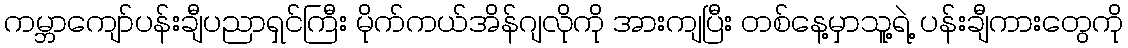
ကမ္ဘာကျော်ပန်းချီပညာရှင်ကြီး မိုက်ကယ်အိန်ဂျလိုကို အားကျပြီး တစ်နေ့မှာသူ့ရဲ့ ပန်းချီကားတွေကို